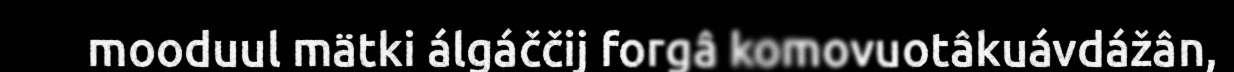
mooduul mätki álgáččij forgâ komovuotâkuávdážân,